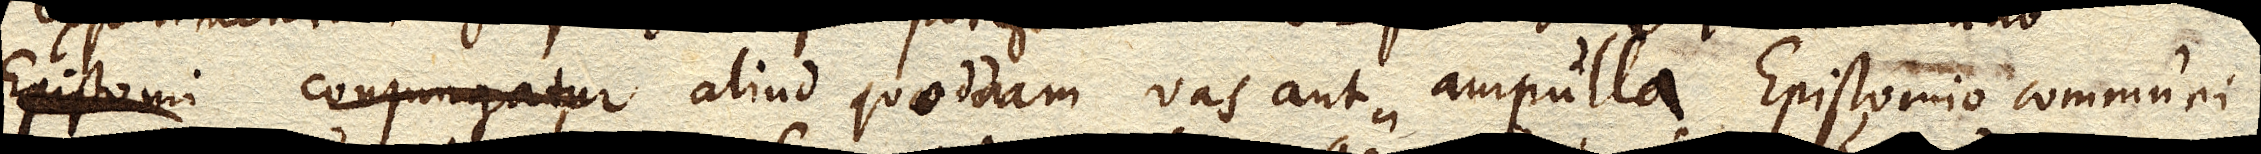
aliud quoddam vas aut ampulla Epistomio communi